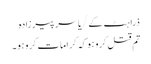
ذرا ہٹ کے/یاسر پیرزادہ
تم قتل کرو ہو کہ کرامات کرو ہو۔